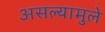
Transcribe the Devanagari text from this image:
असल्यामुले